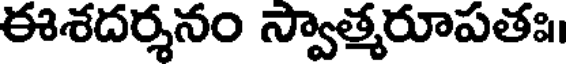
ఈశదర్శనం స్వాత్మరూపతః।